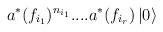
LaTeX: \begin{align*}a^{*}(f_{i_{1}})^{n_{i_{1}}}....a^{*}(f_{i_{r}})\left| 0\right\rangle\end{align*}